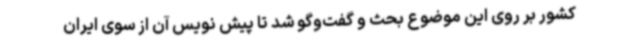
کشور بر روی این موضوع بحث و گفت‌وگو شد تا پیش نویس آن از سوی ایران